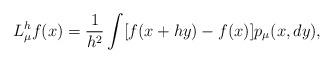
LaTeX: \begin{align*}L_{\mu}^hf(x)=\frac{1}{h^2}\int [f(x+hy)-f(x)] p_{\mu}(x,dy),\end{align*}